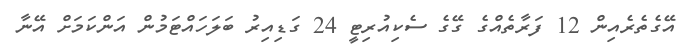
އޭގެތެރެއިން 12 ފަރާތެއްގެ ގޭގެ ސެކިއުރިޓީ 24 ގަޑިއިރު ބަލަހައްޓަމުން އަންކަމަށް އޭނާ